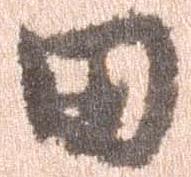
田